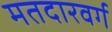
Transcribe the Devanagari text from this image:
मतदारवर्ग